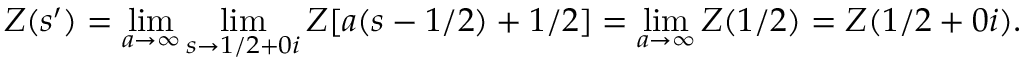
Z ( s ^ { \prime } ) = \operatorname * { l i m } _ { a \to \infty } \operatorname * { l i m } _ { s \to 1 / 2 + 0 i } Z [ a ( s - 1 / 2 ) + 1 / 2 ] = \operatorname * { l i m } _ { a \to \infty } Z ( 1 / 2 ) = Z ( 1 / 2 + 0 i ) .